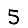
Digit: 5